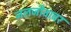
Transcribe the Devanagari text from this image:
जलजीवावर